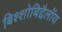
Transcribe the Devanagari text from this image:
बिश्शोबिद्दैलॉय